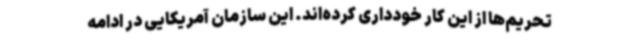
تحریم‌ها از این کار خودداری کرده‌اند. این سازمان آمریکایی در ادامه